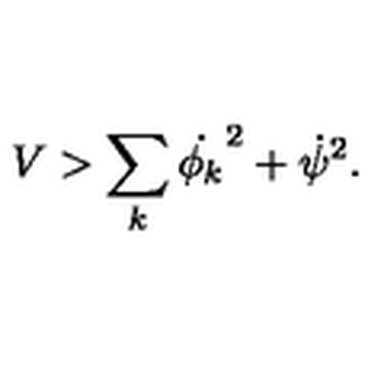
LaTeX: { V > \sum _ { k } \dot { \phi _ { k } } ^ { 2 } + \dot { \psi } ^ { 2 } . }